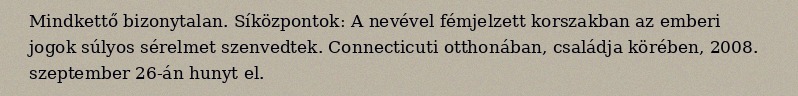
Mindkettő bizonytalan. Síközpontok: A nevével fémjelzett korszakban az emberi jogok súlyos sérelmet szenvedtek. Connecticuti otthonában, családja körében, 2008. szeptember 26-án hunyt el.